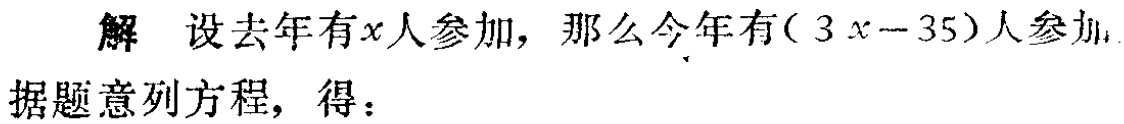
解 设去年有\(x\)人参加，那么今年有\((3x - 35)\)人参加.

据题意列方程，得：